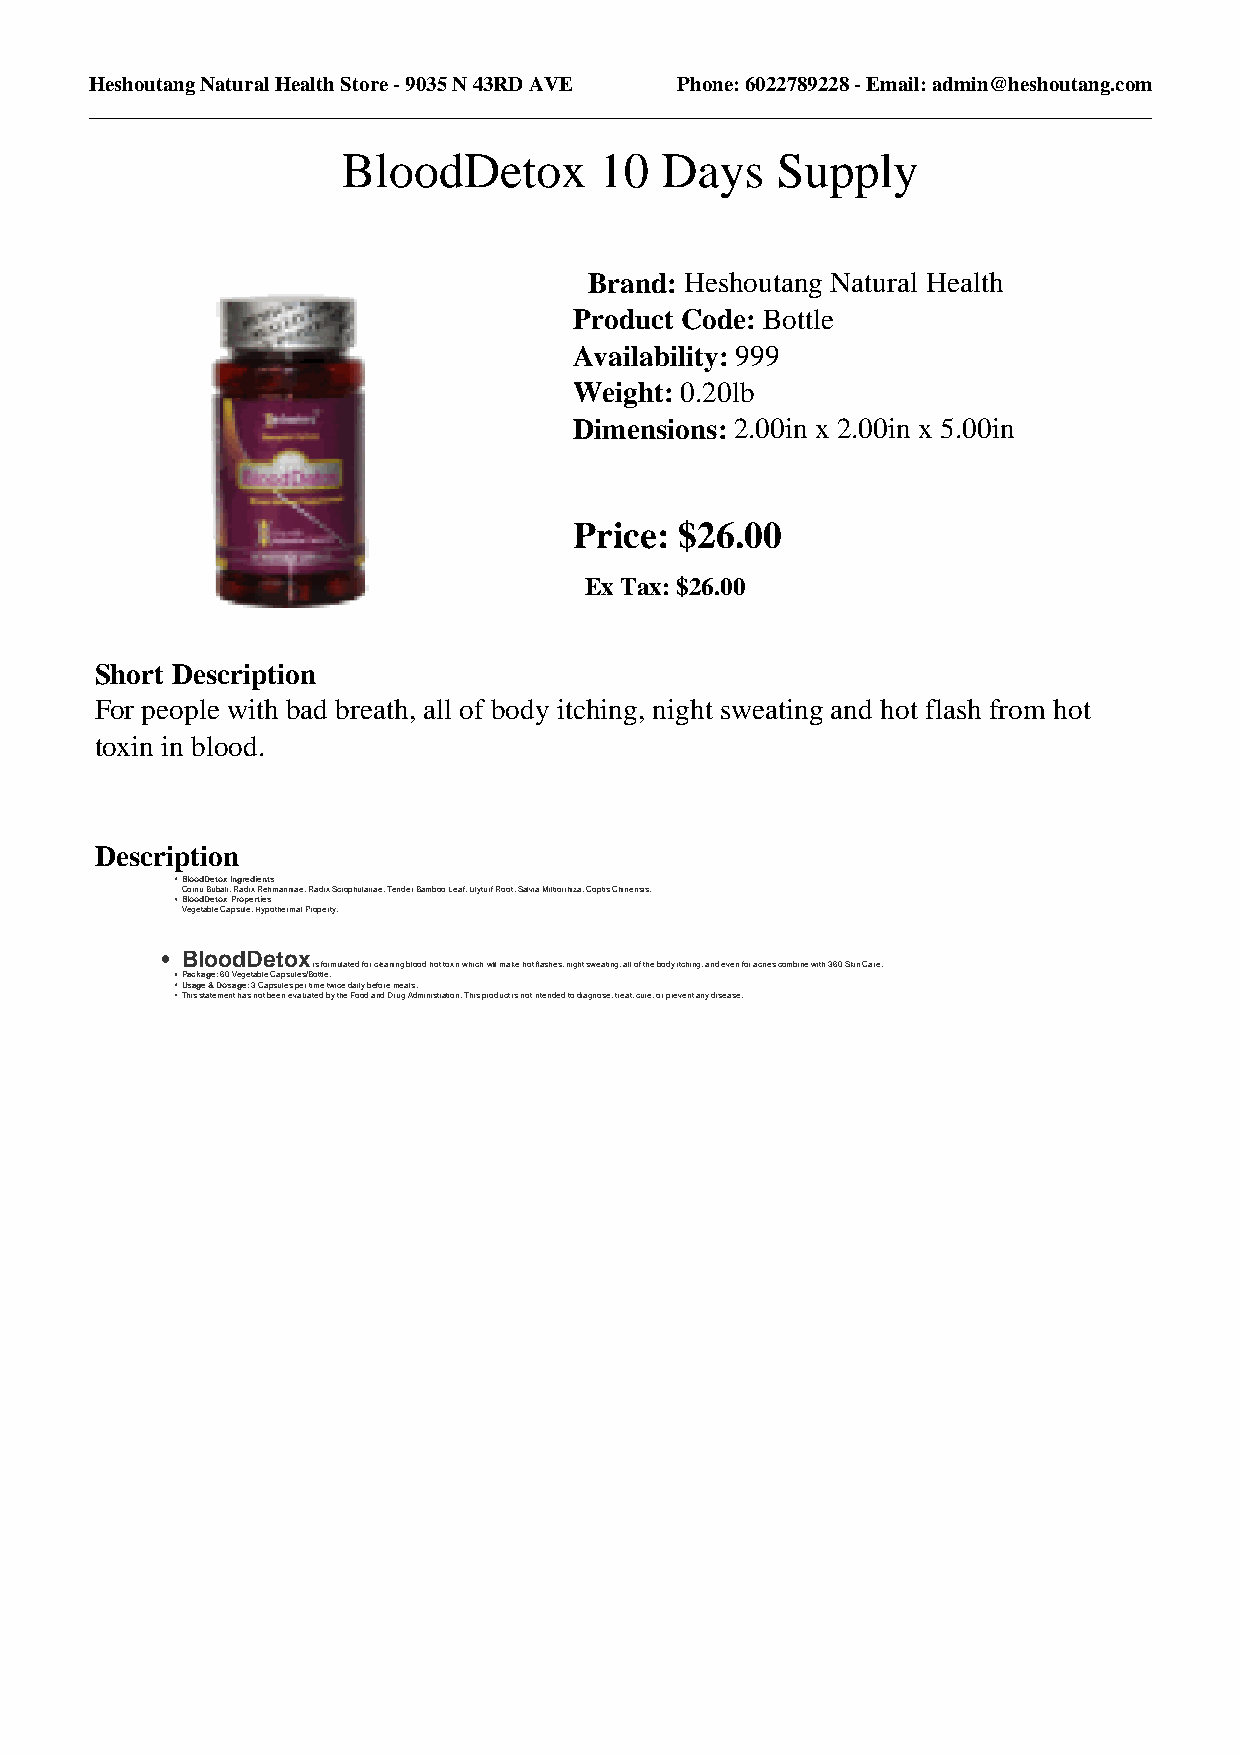
Heshoutang Natural Health Store - 9035 N 43RD AVE Phone: 6022789228 - Email: admin@heshoutang.com
 BloodDetox       10  Days   Supply
 Brand: Heshoutang Natural Health
 Product Code: Bottle
 Availability: 999
 Weight: 0.20lb
 Dimensions: 2.00in x 2.00in x 5.00in
 Price: $26.00
 Ex Tax: $26.00
 Short Description
 For people with bad breath, all of body itching, night sweating and hot flash from hot
 toxin in blood.
 Description
 BloodDetox Ingredients
 Cornu Bubali, Radix Rehmanniae, Radix Scrophulariae, Tender Bamboo Leaf, Lilyturf Root, Salvia Miltiorrhiza, Coptis Chinensis.
 BloodDetox Properties
 Vegetable Capsule, Hypothermal Property.
 BloodDetox
 is formulated for cleaning blood hot toxin which will make hot flashes, night sweating, all of the body itching, and even for acnes combine with 360 Skin Care.
 Package: 60 Vegetable Capsules/Bottle.
 Usage & Dosage: 3 Capsules per time twice daily before meals.
 This statement has not been evaluated by the Food and Drug Administration. This product is not intended to diagnose, treat, cure, or prevent any disease.
 Powered by TCPDF (www.tcpdf.org)